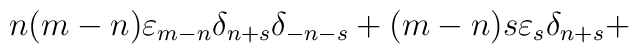
n(m-n) {\varepsilon}_{m-n} {\delta}_{n+s} {\delta}_{-n-s} +(m-n) s {\varepsilon}_s {\delta}_{n+s} +